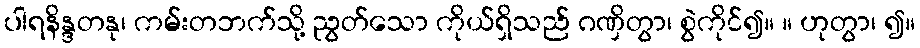
ပါရနိန္ဒတနု၊ ကမ်းတဘက်သို့ ညွတ်သော ကိုယ်ရှိသည် ဂဏှိတွာ၊ စွဲကိုင်၍။ ။ ဟုတွာ၊ ၍။